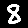
Digit: 8